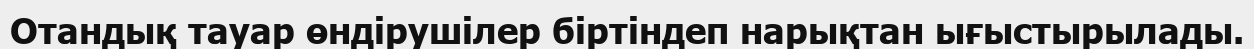
Отандық тауар өндірушілер біртіндеп нарықтан ығыстырылады.